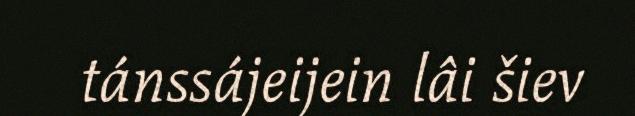
tánssájeijein lâi šiev